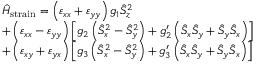
\begin{array} { r l } & { \hat { H } _ { \mathrm { s t r a i n } } = \left( \varepsilon _ { x x } + \varepsilon _ { y y } \right) g _ { 1 } \hat { S } _ { z } ^ { 2 } } \\ & { + \left( \varepsilon _ { x x } - \varepsilon _ { y y } \right) \left[ g _ { 2 } \left( \hat { S } _ { x } ^ { 2 } - \hat { S } _ { y } ^ { 2 } \right) + g _ { 2 } ^ { \prime } \left( \hat { S } _ { x } \hat { S } _ { y } + \hat { S } _ { y } \hat { S } _ { x } \right) \right] } \\ & { + \left( \varepsilon _ { x y } + \varepsilon _ { y x } \right) \left[ g _ { 3 } \left( \hat { S } _ { x } ^ { 2 } - \hat { S } _ { y } ^ { 2 } \right) + g _ { 3 } ^ { \prime } \left( \hat { S } _ { x } \hat { S } _ { y } + \hat { S } _ { y } \hat { S } _ { x } \right) \right] } \end{array}